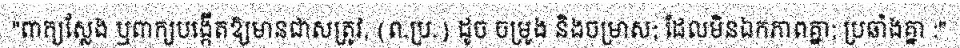
"ពាក្យស្លែង ឬពាក្យបង្កើតឱ្យមានជាសត្រូវ, (ព.ប្រ.) ដូច ចម្រូង និងចម្រាស; ដែលមិនឯកភាពគ្នា; ប្រឆាំងគ្នា :"